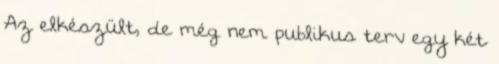
Az elkészült, de még nem publikus terv egy két